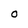
Character: O